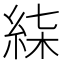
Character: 𥿴